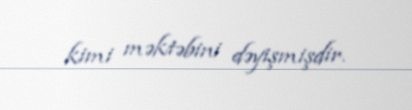
kimi məktəbini dəyişmişdir.